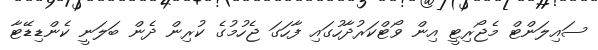
ސައިލަންޓް މެޖޯރިޓީ އިން ވޯޓްކަރުދާހުގައި ފާހަގަ ޖެހުމުގެ ކުރިން ދެން ބަލަނީ ކެންޑިޑޭޓާ